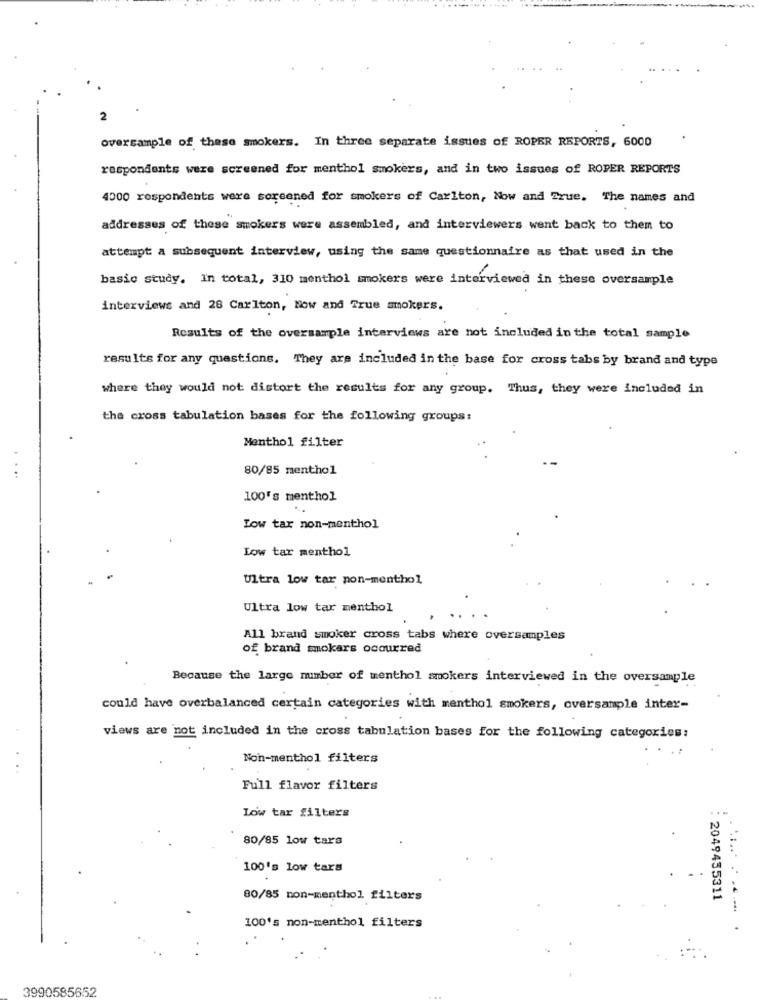
2
oversample of these smokers. In three separate issues of ROPER REPORTS, 6000
respondents were screened for menthol smokers, and in two issues of ROPER REPORTS
4000 respondents were screened for smokers of Carlton, Now and True. The names and
addresses of these smokers were assembled, and interviewers went back to them to
attempt a subsequent interview, using the same questionnaire as that used in the
basic study. In total, 310 menthol smokers were interviewed in these oversample
interviews and 28 Carlton, Now and True smokers.
Results of the oversample interviews are not included in the total sample
results for any questions. They are included in the base for cross tabs by brand and type
where they would not distort the results for any group. Thus, they were included in
the cross tabulation bases for the following groups:
Menthol filter
80/85 menthol
....
100's menthol
Low tax non-menthol
Low tar menthol
Ultra low tar pon-menthol
Ultra low tar menthol
All brand smoker cross tabs where oversamples
of brand mokars occurred
Because the large number of menthol smokers interviewed in the oversample
could have overbalanced certain categories with menthol smokers, oversample inter-
views are not included in the cross tabulation bases for the following categories:
Non-menthol filters
Full flavor filters
Low tar filters
80/85 low tars
100's low tars
80/85 non-menthol filters
: 2049455311
100's non-menthol filters
...... .
3990585652